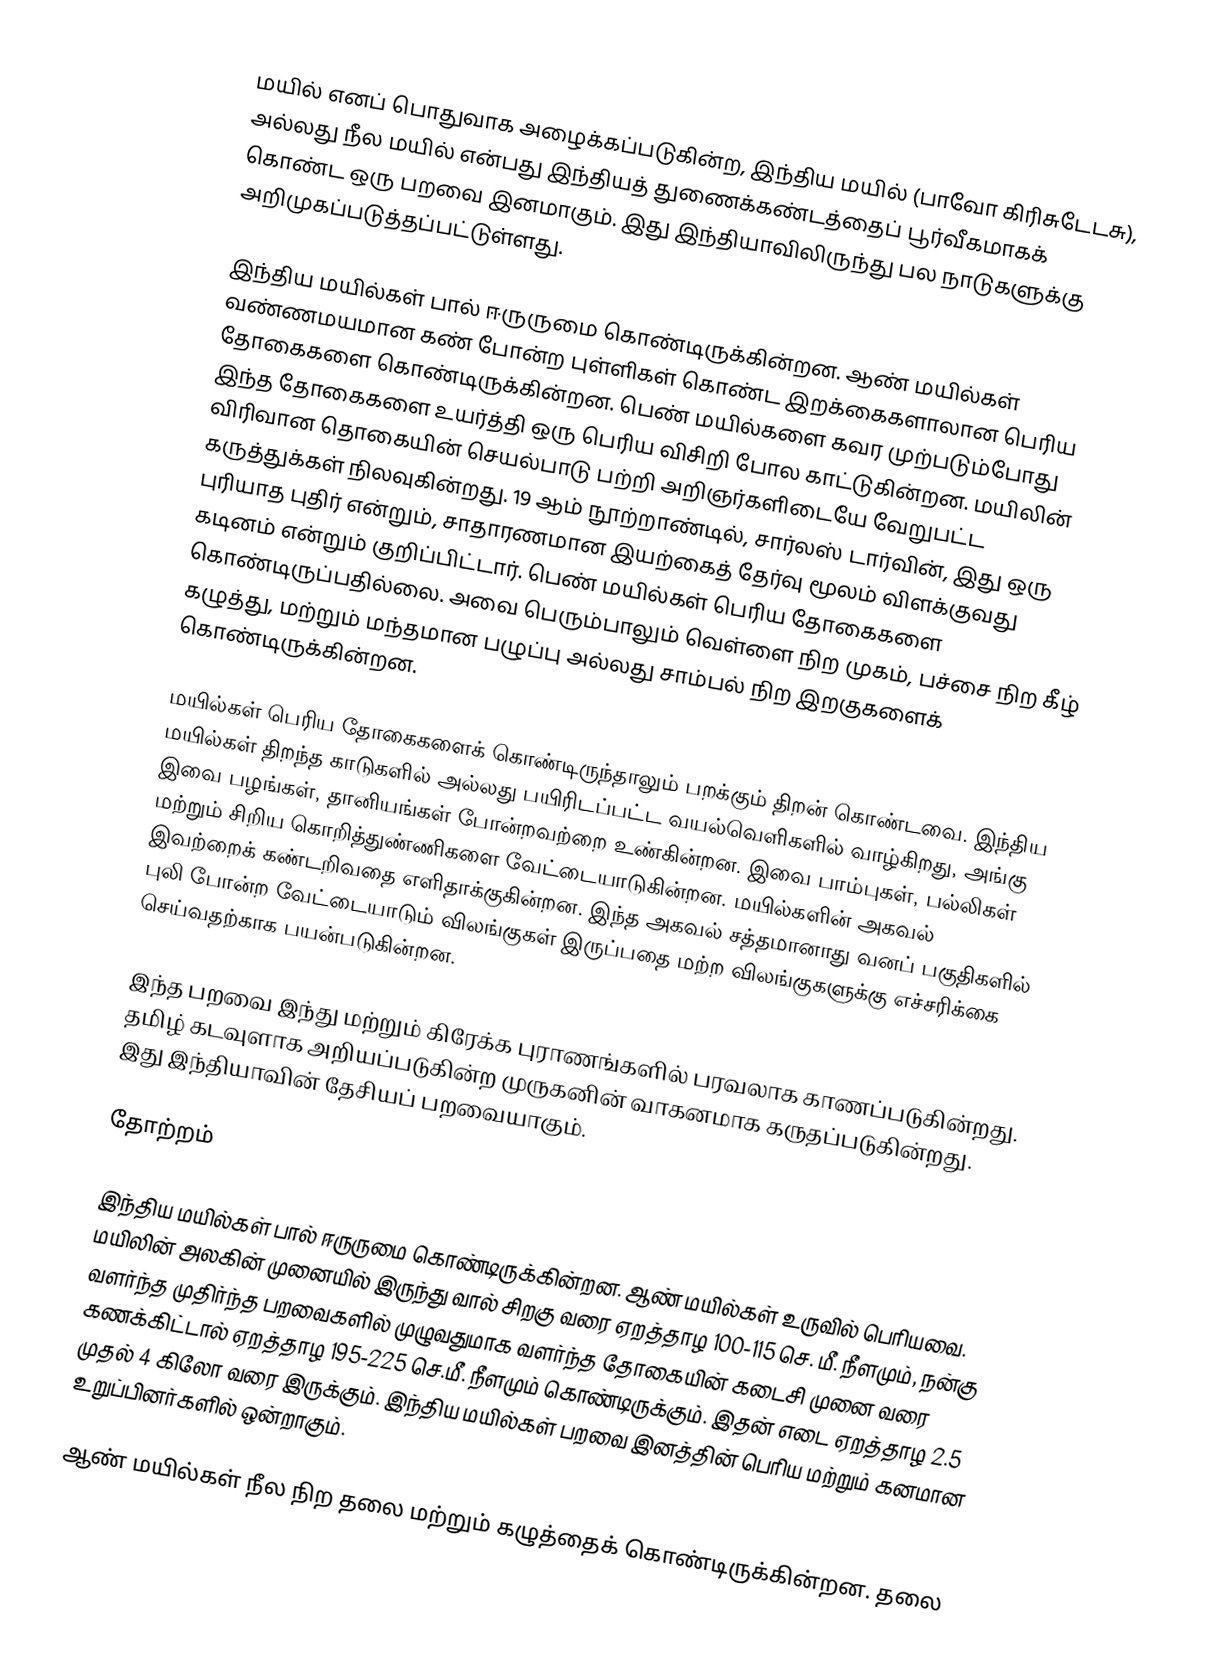
மயில் எனப் பொதுவாக அழைக்கப்படுகின்ற, இந்திய மயில் (பாவோ கிரிசுடேடசு), அல்லது நீல மயில் என்பது இந்தியத் துணைக்கண்டத்தைப் பூர்வீகமாகக் கொண்ட ஒரு பறவை இனமாகும். இது இந்தியாவிலிருந்து பல நாடுகளுக்கு அறிமுகப்படுத்தப்பட்டுள்ளது.

இந்திய மயில்கள் பால் ஈருருமை கொண்டிருக்கின்றன. ஆண் மயில்கள்  வண்ணமயமான கண் போன்ற புள்ளிகள் கொண்ட இறக்கைகளாலான பெரிய தோகைகளை கொண்டிருக்கின்றன. பெண் மயில்களை கவர முற்படும்போது இந்த தோகைகளை உயர்த்தி ஒரு பெரிய விசிறி போல காட்டுகின்றன. மயிலின் விரிவான தொகையின் செயல்பாடு பற்றி அறிஞர்களிடையே வேறுபட்ட கருத்துக்கள் நிலவுகின்றது. 19 ஆம் நூற்றாண்டில், சார்லஸ் டார்வின், இது ஒரு புரியாத புதிர் என்றும், சாதாரணமான இயற்கைத் தேர்வு மூலம் விளக்குவது கடினம் என்றும் குறிப்பிட்டார். பெண் மயில்கள் பெரிய தோகைகளை கொண்டிருப்பதில்லை. அவை பெரும்பாலும் வெள்ளை நிற முகம், பச்சை நிற கீழ் கழுத்து, மற்றும் மந்தமான பழுப்பு அல்லது சாம்பல் நிற இறகுகளைக் கொண்டிருக்கின்றன.

மயில்கள் பெரிய தோகைகளைக் கொண்டிருந்தாலும் பறக்கும் திறன் கொண்டவை. இந்திய மயில்கள் திறந்த காடுகளில் அல்லது பயிரிடப்பட்ட வயல்வெளிகளில் வாழ்கிறது, அங்கு இவை பழங்கள், தானியங்கள் போன்றவற்றை உண்கின்றன. இவை பாம்புகள், பல்லிகள் மற்றும் சிறிய கொறித்துண்ணிகளை வேட்டையாடுகின்றன. மயில்களின் அகவல் இவற்றைக் கண்டறிவதை எளிதாக்குகின்றன. இந்த அகவல் சத்தமானாது  வனப் பகுதிகளில் புலி போன்ற வேட்டையாடும் விலங்குகள் இருப்பதை மற்ற விலங்குகளுக்கு எச்சரிக்கை செய்வதற்காக பயன்படுகின்றன.

இந்த பறவை இந்து மற்றும் கிரேக்க புராணங்களில் பரவலாக காணப்படுகின்றது. தமிழ் கடவுளாக அறியப்படுகின்ற முருகனின் வாகனமாக கருதப்படுகின்றது. இது இந்தியாவின் தேசியப் பறவையாகும்.

தோற்றம்

இந்திய மயில்கள் பால் ஈருருமை கொண்டிருக்கின்றன. ஆண் மயில்கள்  உருவில் பெரியவை. மயிலின் அலகின் முனையில் இருந்து வால் சிறகு வரை ஏறத்தாழ 100-115 செ. மீ. நீளமும், நன்கு வளர்ந்த முதிர்ந்த பறவைகளில் முழுவதுமாக வளர்ந்த தோகையின் கடைசி முனை வரை கணக்கிட்டால் ஏறத்தாழ 195-225 செ.மீ. நீளமும் கொண்டிருக்கும். இதன் எடை ஏறத்தாழ 2.5 முதல் 4 கிலோ வரை இருக்கும். இந்திய மயில்கள் பறவை இனத்தின் பெரிய மற்றும் கனமான உறுப்பினர்களில் ஒன்றாகும்.

ஆண் மயில்கள் நீல நிற தலை மற்றும் கழுத்தைக் கொண்டிருக்கின்றன. தலை